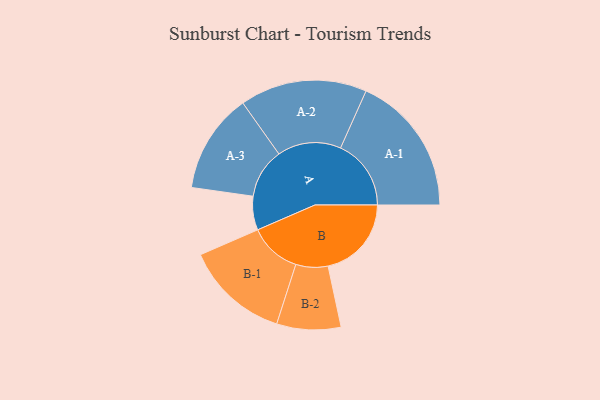
{"axis": {"x": "Segment", "y": "Value"}, "legend": ["", "A", "B"], "data": [{"x": "A", "y": 121, "type": ""}, {"x": "B", "y": 299, "type": ""}, {"x": "A-1", "y": 253, "type": "A"}, {"x": "A-2", "y": 228, "type": "A"}, {"x": "A-3", "y": 179, "type": "A"}, {"x": "B-1", "y": 187, "type": "B"}, {"x": "B-2", "y": 115, "type": "B"}]}